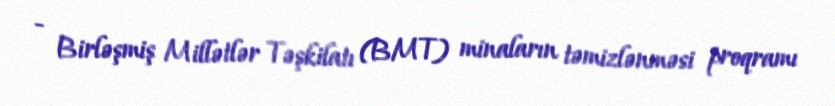
- Birləşmiş Millətlər Təşkilatı (BMT) minaların təmizlənməsi proqramı